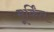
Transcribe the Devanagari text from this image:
मूर्किंत